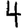
Digit: 4